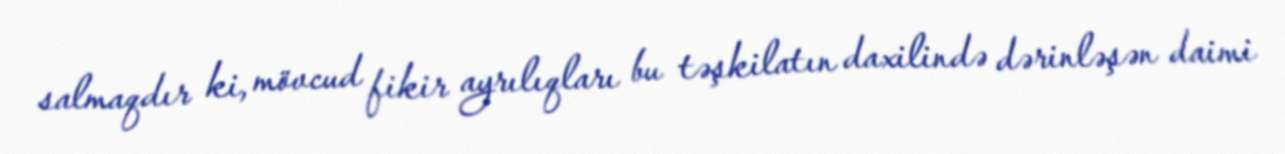
salmaqdır ki, mövcud fikir ayrılıqları bu təşkilatın daxilində dərinləşən daimi